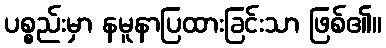
ပစ္စည်းမှာ နမူနာပြထားခြင်းသာ ဖြစ်၏။